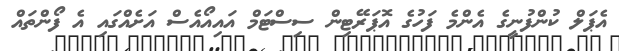
އެޕަލް ކުންފުނީގެ އެންމެ ފަހުގެ އޮޕަރޭޓިން ސިސްޓަމް އައިއޯއެސް އަށެއްގައި އެ ފޯންތައް